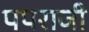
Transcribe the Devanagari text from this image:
पपराजी